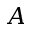
A